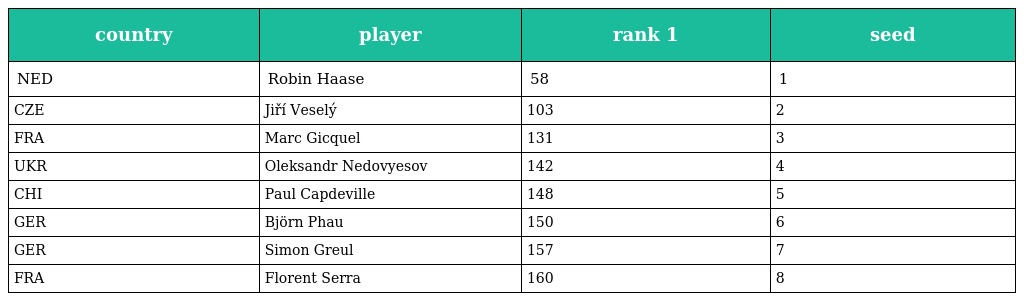
| country | player | rank 1 | seed |
 | --- | --- | --- | --- |
 | NED | Robin Haase | 58 | 1 |
 | CZE | Jiří Veselý | 103 | 2 |
 | FRA | Marc Gicquel | 131 | 3 |
 | UKR | Oleksandr Nedovyesov | 142 | 4 |
 | CHI | Paul Capdeville | 148 | 5 |
 | GER | Björn Phau | 150 | 6 |
 | GER | Simon Greul | 157 | 7 |
 | FRA | Florent Serra | 160 | 8 |